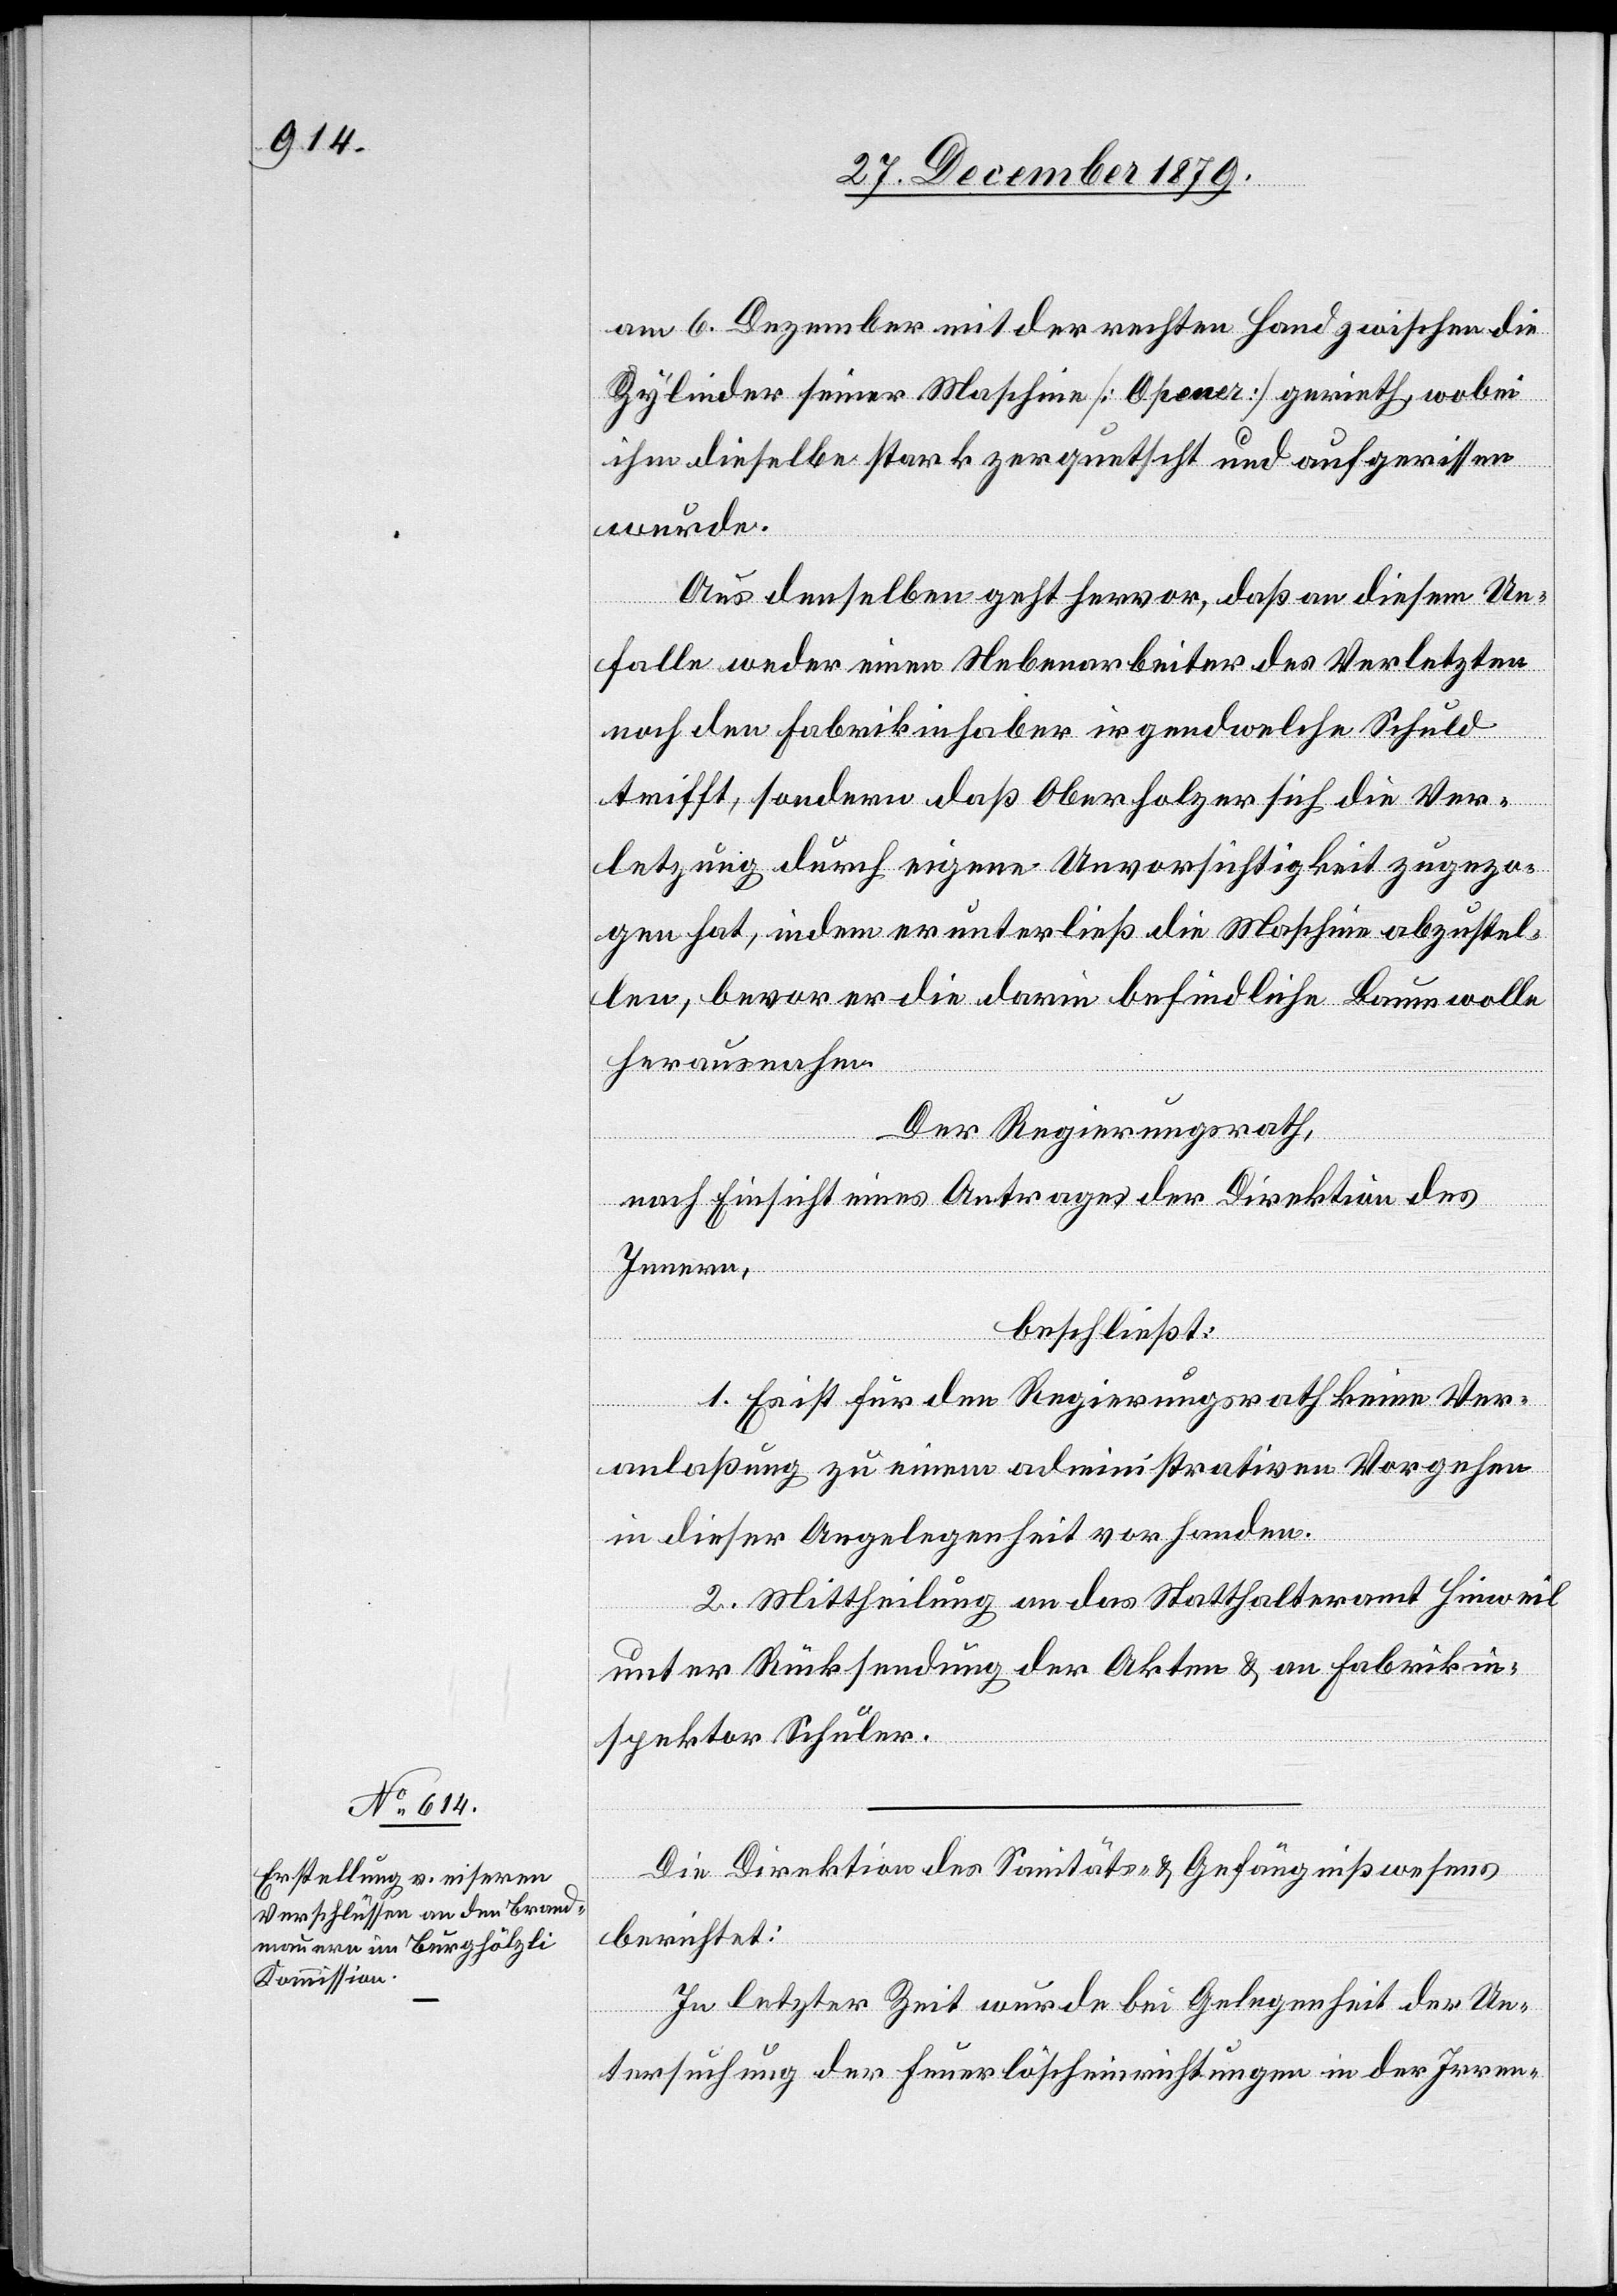
am 6. Dezember mit der rechten Hand zwischen die
Zylinder seiner Maschine [Opener] gerieth, wobei
ihm dieselbe stark zerquetscht und aufgerissen
wurde.
Aus denselben geht hervor, daß an diesem Un¬
falle weder einen Nebenarbeiter des Verletzten
noch den Fabrikinhaber irgendwelche Schuld
trifft, sondern daß Oberholzer sich die Ver¬
letzung durch eigene Unvorsichtigkeit zugezo¬
gen hat, indem er unterließ die Maschine abzustel¬
len, bevor er die darin befindliche Baumwolle
herausnahm.
Der Regierungsrath,
nach Einsicht eines Antrages der Direktion des
Innern,
beschließt:
1. Es ist für den Regierungsrath keine Ver¬
anlaßung zu einem administrativen Vorgehen
in dieser Angelegenheit vorhanden.
2. Mittheilung an das Statthalteramt Hinweil
unter Rücksendung der Akten & an Fabrikin¬
spektor Schuler.
Die Direktion des Sanitäts- & Gefängnißwesens
berichtet:
In letzter Zeit wurde bei Gelegenheit der Un¬
tersuchung der Feuerlöscheinrichtungen in der Irren-